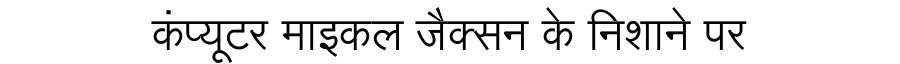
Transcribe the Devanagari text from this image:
कंप्यूटर माइकल जैक्सन के निशाने पर